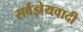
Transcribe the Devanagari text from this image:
सर्वज्ञेयवादी